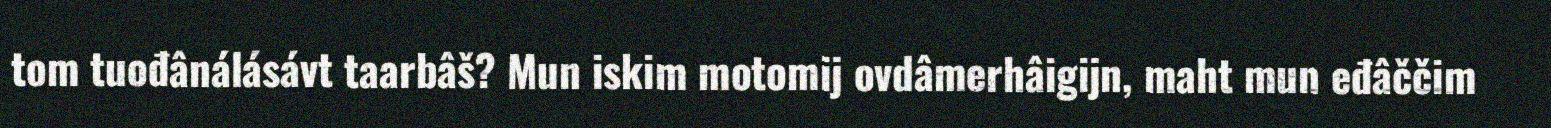
tom tuođânálásávt taarbâš? Mun iskim motomij ovdâmerhâigijn, maht mun eđâččim